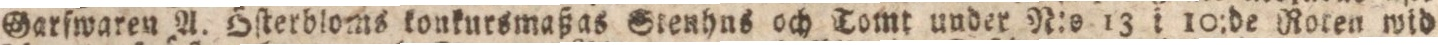
Garfwaren A. Öſterbloms konkursmaß as Stenhus och Tomt under N:o 13 i 10:de Roten wid